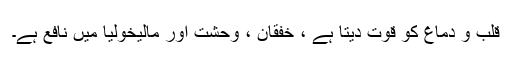
قلب و دماغ کو قوت دیتا ہے ، خفقان ، وحشت اور مالیخولیا میں نافع ہے۔